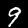
Label: 9